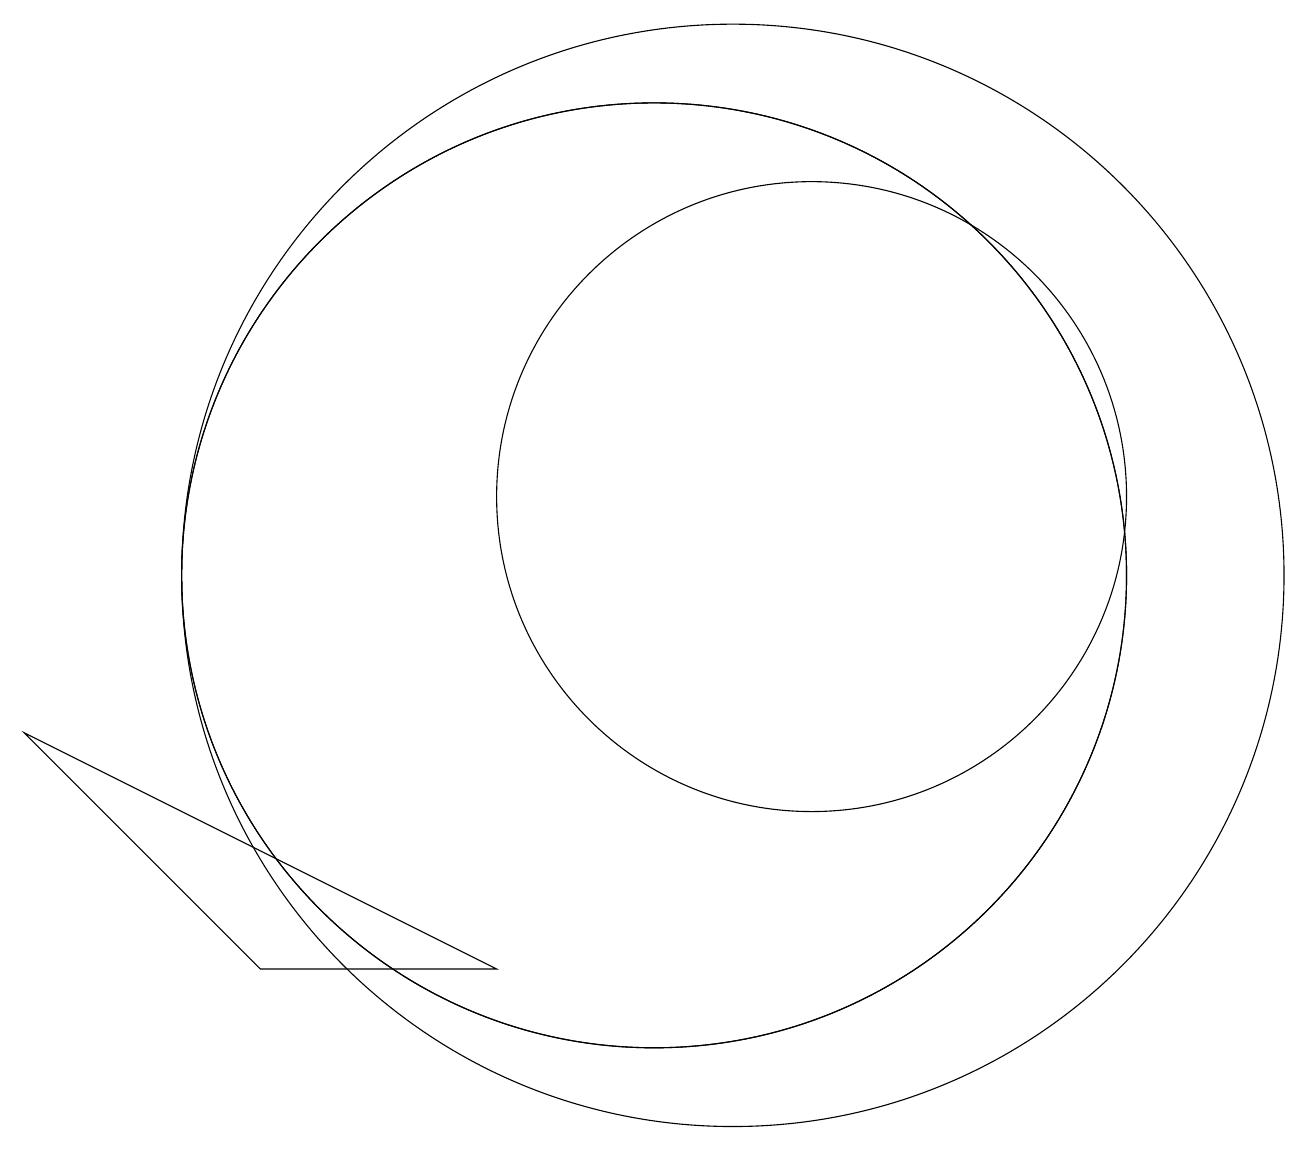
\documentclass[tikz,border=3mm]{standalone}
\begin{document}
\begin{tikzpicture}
\draw (11,10) circle (7);
\draw (10,10) circle (6);
\draw (10,10) circle (6);
\draw (2,8) -- (8,5) -- (5,5) -- cycle;
\draw (12,11) circle (4);
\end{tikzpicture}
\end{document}